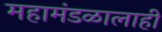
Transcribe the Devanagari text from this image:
महामंडळालाही